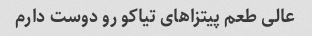
عالی طعم پیتزا‌های تیاکو رو دوست دارم